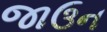
જાઉન